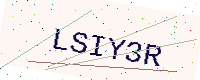
Text: LSIY3R